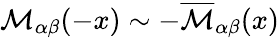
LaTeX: {\cal M}_{\alpha\beta}(-x)\sim-{\cal\overline{{M}}}_{\alpha\beta}(x)